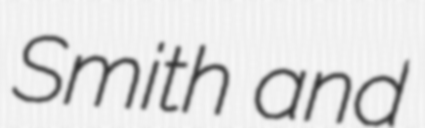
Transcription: Smith and